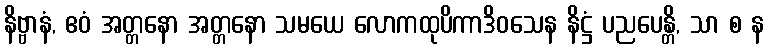
နိဗ္ဗာနံ, ဧဝံ အတ္တနော အတ္တနော သမယေ လောကထုပိကာဒိဝသေန နိဋ္ဌံ ပညပေန္တိ, သာ စ န